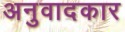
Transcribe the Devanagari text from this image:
अनुवादकार